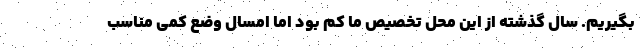
بگیریم. سال گذشته از این محل تخصیص ما کم بود اما امسال وضع کمی مناسب